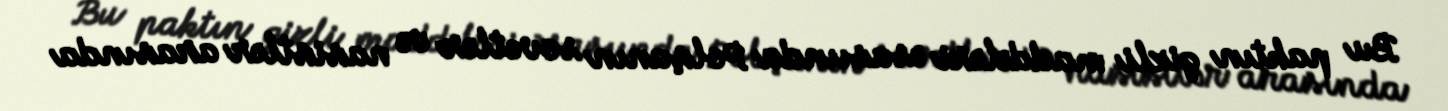
Bu paktın gizli maddələri əsasıında Polşanın sovetlər və nasistlər arasında